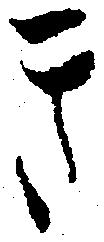
き